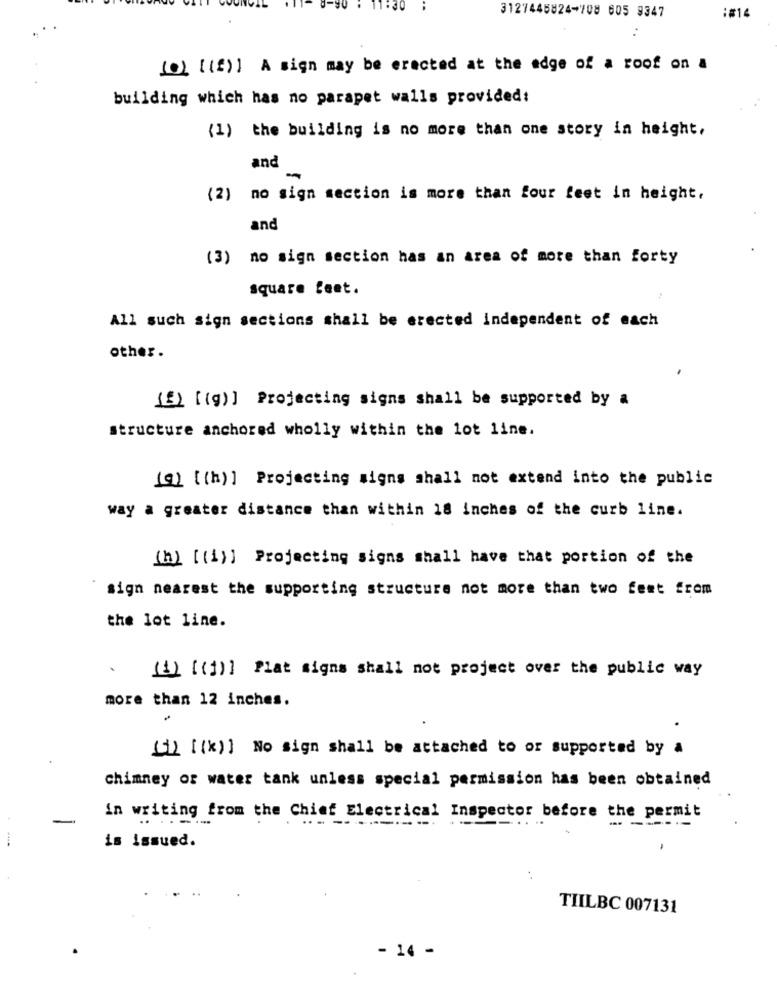
3127445824-708 605 9347
:#14
(0) [ (f)] A sign may be erected at the edge of a roof on a
building which has no parapet walls provided:
(1) the building is no more than one story in height,
and
-
(2) no sign section is more than four feet in height,
and
(3) no sign section has an area of more than forty
square feet.
All such sign sections shall be erected independent of each
other.
() [(g)] Projecting signs shall be supported by a
structure anchored wholly within the lot line.
[9] [ (h)] Projecting signs shall not extend into the public
way a greater distance than within 18 inches of the curb line.
(h) [ (1)] Projecting signs shall have that portion of the
sign nearest the supporting structure not more than two feet from
the lot line.
(1) [ (1)] Plat signs shall not project over the public way
more than 12 inches.
(i) [(x)] No sign shall be attached to or supported by a
chimney of water tank unless special permission has been obtained
-
in writing from the Chief Electrical Inspector before the permit
------
is issued.
TIILBC 007131
- 14 -